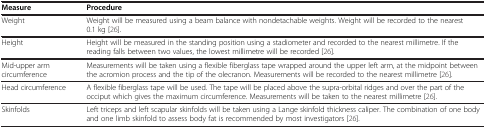
<table><thead><tr><td><b>Measure</b></td><td><b>Procedure</b></td></tr></thead><tbody><tr><td>Weight</td><td>Weight will be measured using a beam balance with nondetachable weights. Weight will be recorded to the nearest 0.1 kg [26].</td></tr><tr><td>Height</td><td>Height will be measured in the standing position using a stadiometer and recorded to the nearest millimetre. If the reading falls between two values, the lowest millimetre will be recorded [26].</td></tr><tr><td>Mid-upper arm circumference</td><td>Measurements will be taken using a flexible fiberglass tape wrapped around the upper left arm, at the midpoint between the acromion process and the tip of the olecranon. Measurements will be recorded to the nearest millimetre [26].</td></tr><tr><td>Head circumference</td><td>A flexible fiberglass tape will be used. The tape will be placed above the supra-orbital ridges and over the part of the occiput which gives the maximum circumference. Measurements will be taken to the nearest millimetre [26].</td></tr><tr><td>Skinfolds</td><td>Left triceps and left scapular skinfolds will be taken using a Lange skinfold thickness caliper. The combination of one body and one limb skinfold to assess body fat is recommended by most investigators [26].</td></tr></tbody></table>